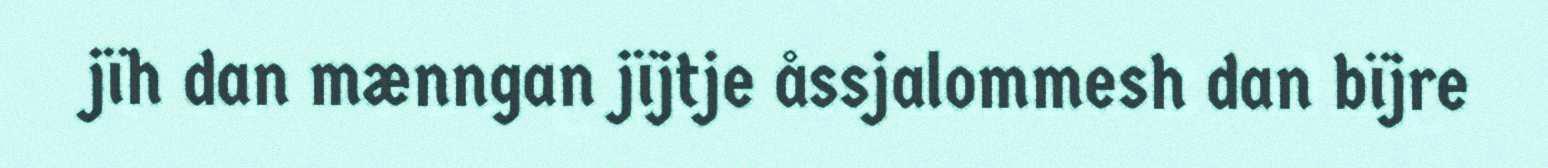
jïh dan mænngan jïjtje åssjalommesh dan bïjre